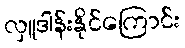
လှူဒါန်းနိုင်ကြောင်း